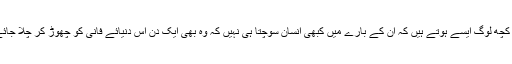
لیکن کچھ لوگ ایسے ہوتے ہیں کہ ان کے بارے میں کبھی انسان سوچتا ہی نہیں کہ وہ بھی ایک دن اِس دُنیائے فانی کو چھوڑ کر چلا جائے گا۔